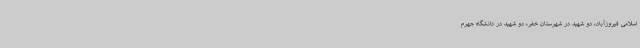
اسلامی فیروزآباد، دو شهید در شهرستان خفر، دو شهید در دانشگاه جهرم